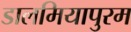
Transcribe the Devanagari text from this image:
डालमियापुरम